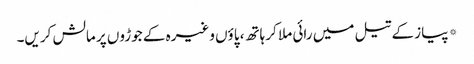
*پیاز کے تیل میں رائی ملا کر ہاتھ، پاؤں وغیرہ کے جوڑوں پر مالش کریں۔